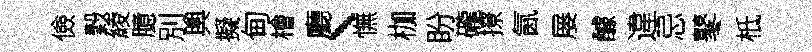
儉穀綾臆別輿擬甸檜廳、憮枷盼礲撩氤屡醵違忌鼕柢